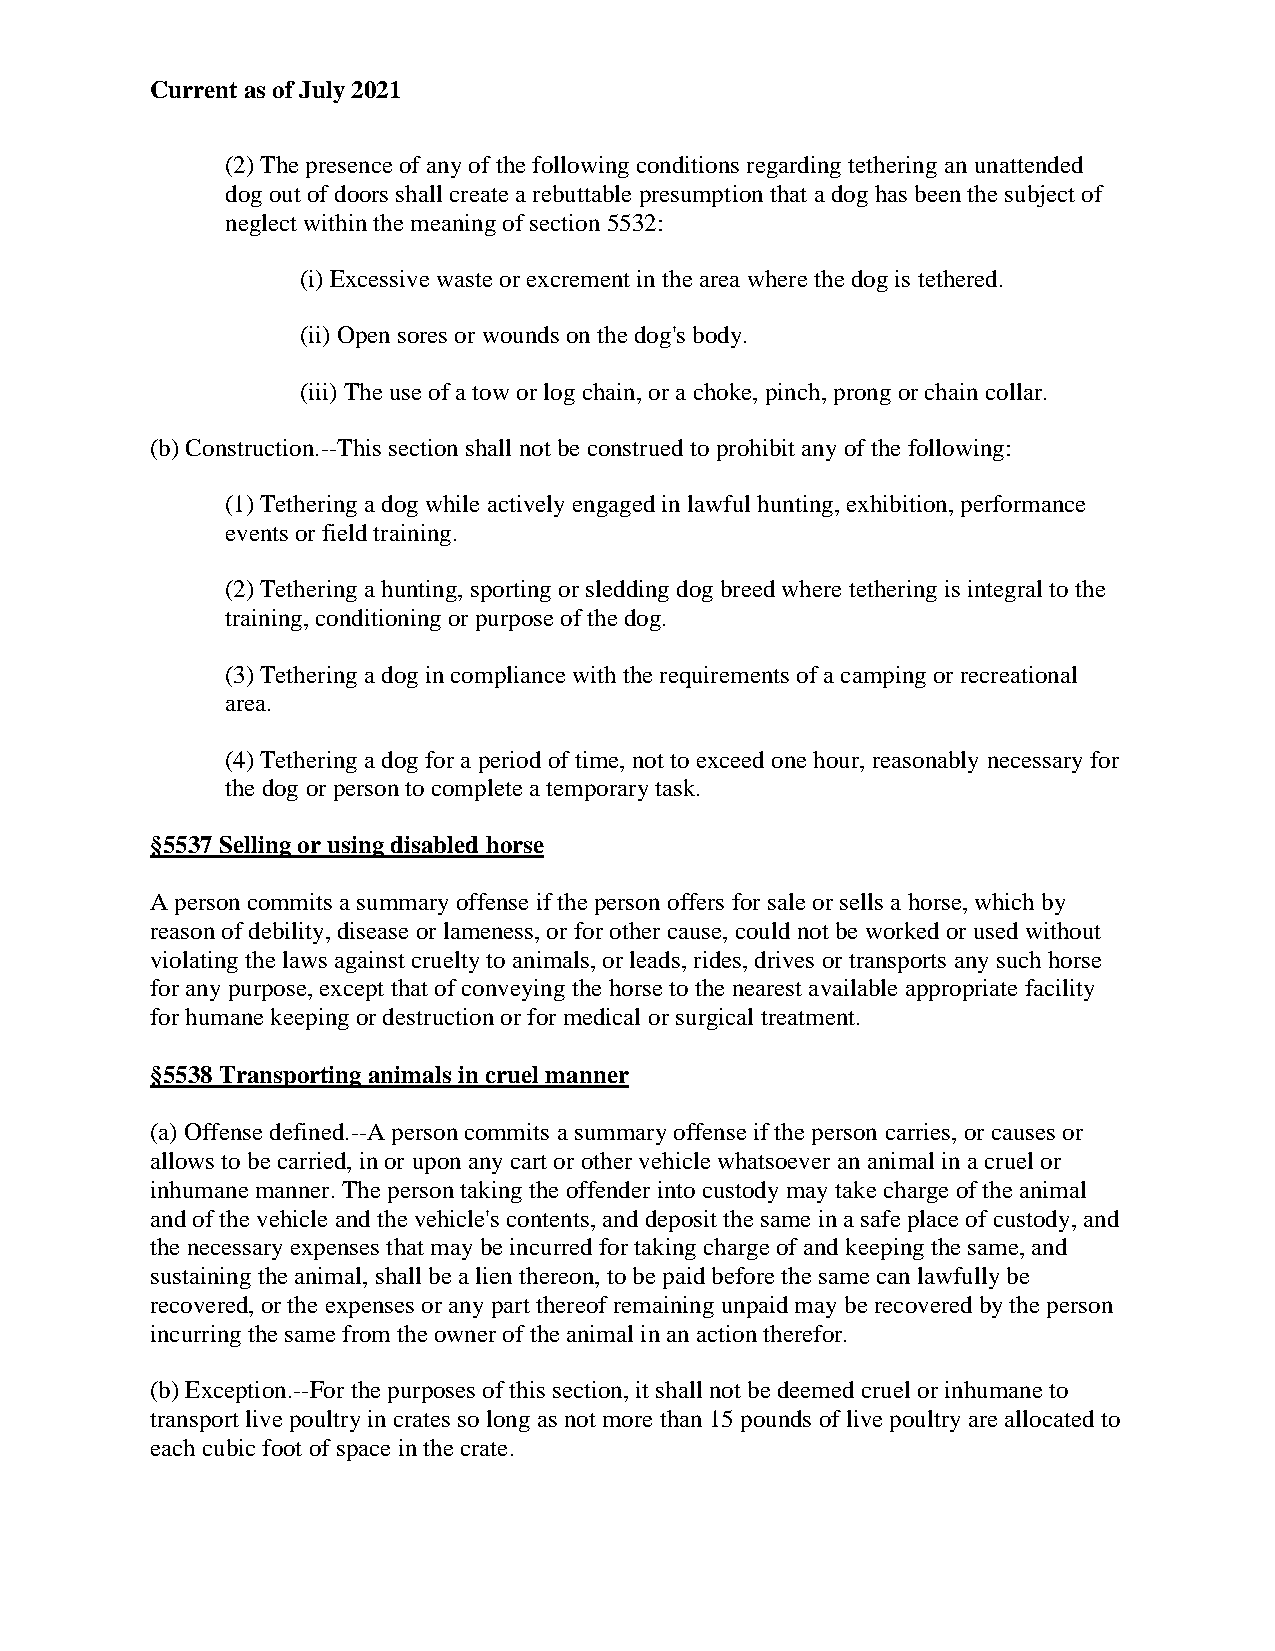
Current as of July 2021
 (2) The presence of any of the following conditions regarding tethering an unattended
 dog out of doors shall create a rebuttable presumption that a dog has been the subject of
 neglect within the meaning of section 5532:
 (i) Excessive waste or excrement in the area where the dog is tethered.
 (ii) Open sores or wounds on the dog's body.
 (iii) The use of a tow or log chain, or a choke, pinch, prong or chain collar.
 (b) Construction.--This section shall not be construed to prohibit any of the following:
 (1) Tethering a dog while actively engaged in lawful hunting, exhibition, performance
 events or field training.
 (2) Tethering a hunting, sporting or sledding dog breed where tethering is integral to the
 training, conditioning or purpose of the dog.
 (3) Tethering a dog in compliance with the requirements of a camping or recreational
 area.
 (4) Tethering a dog for a period of time, not to exceed one hour, reasonably necessary for
 the dog or person to complete a temporary task.
 §5537 Selling or using disabled horse
 A person commits a summary offense if the person offers for sale or sells a horse, which by
 reason of debility, disease or lameness, or for other cause, could not be worked or used without
 violating the laws against cruelty to animals, or leads, rides, drives or transports any such horse
 for any purpose, except that of conveying the horse to the nearest available appropriate facility
 for humane keeping or destruction or for medical or surgical treatment.
 §5538 Transporting animals in cruel manner
 (a) Offense defined.--A person commits a summary offense if the person carries, or causes or
 allows to be carried, in or upon any cart or other vehicle whatsoever an animal in a cruel or
 inhumane manner. The person taking the offender into custody may take charge of the animal
 and of the vehicle and the vehicle's contents, and deposit the same in a safe place of custody, and
 the necessary expenses that may be incurred for taking charge of and keeping the same, and
 sustaining the animal, shall be a lien thereon, to be paid before the same can lawfully be
 recovered, or the expenses or any part thereof remaining unpaid may be recovered by the person
 incurring the same from the owner of the animal in an action therefor.
 (b) Exception.--For the purposes of this section, it shall not be deemed cruel or inhumane to
 transport live poultry in crates so long as not more than 15 pounds of live poultry are allocated to
 each cubic foot of space in the crate.